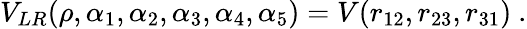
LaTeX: V_{LR}(\rho,\alpha_{1},\alpha_{2},\alpha_{3},\alpha_{4},\alpha_{5})=V(r_{12},r_{23},r_{31})~.